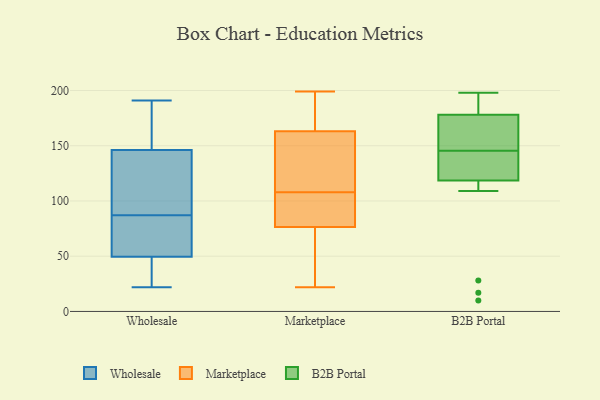
{"axis": {"x": "Backlog", "y": "Value"}, "legend": ["B2B Portal", "Marketplace", "Wholesale"], "data": [{"x": "", "y": 22, "type": "Wholesale"}, {"x": "", "y": 191, "type": "Wholesale"}, {"x": "", "y": 87, "type": "Wholesale"}, {"x": "", "y": 49, "type": "Wholesale"}, {"x": "", "y": 190, "type": "Wholesale"}, {"x": "", "y": 181, "type": "Wholesale"}, {"x": "", "y": 147, "type": "Wholesale"}, {"x": "", "y": 79, "type": "Wholesale"}, {"x": "", "y": 186, "type": "Wholesale"}, {"x": "", "y": 41, "type": "Wholesale"}, {"x": "", "y": 51, "type": "Wholesale"}, {"x": "", "y": 42, "type": "Wholesale"}, {"x": "", "y": 105, "type": "Wholesale"}, {"x": "", "y": 71, "type": "Wholesale"}, {"x": "", "y": 118, "type": "Wholesale"}, {"x": "", "y": 80, "type": "Wholesale"}, {"x": "", "y": 140, "type": "Wholesale"}, {"x": "", "y": 144, "type": "Wholesale"}, {"x": "", "y": 44, "type": "Wholesale"}, {"x": "", "y": 199, "type": "Marketplace"}, {"x": "", "y": 168, "type": "Marketplace"}, {"x": "", "y": 108, "type": "Marketplace"}, {"x": "", "y": 148, "type": "Marketplace"}, {"x": "", "y": 39, "type": "Marketplace"}, {"x": "", "y": 87, "type": "Marketplace"}, {"x": "", "y": 91, "type": "Marketplace"}, {"x": "", "y": 194, "type": "Marketplace"}, {"x": "", "y": 73, "type": "Marketplace"}, {"x": "", "y": 122, "type": "Marketplace"}, {"x": "", "y": 22, "type": "Marketplace"}, {"x": "", "y": 113, "type": "B2B Portal"}, {"x": "", "y": 28, "type": "B2B Portal"}, {"x": "", "y": 17, "type": "B2B Portal"}, {"x": "", "y": 144, "type": "B2B Portal"}, {"x": "", "y": 179, "type": "B2B Portal"}, {"x": "", "y": 198, "type": "B2B Portal"}, {"x": "", "y": 188, "type": "B2B Portal"}, {"x": "", "y": 173, "type": "B2B Portal"}, {"x": "", "y": 173, "type": "B2B Portal"}, {"x": "", "y": 177, "type": "B2B Portal"}, {"x": "", "y": 138, "type": "B2B Portal"}, {"x": "", "y": 146, "type": "B2B Portal"}, {"x": "", "y": 124, "type": "B2B Portal"}, {"x": "", "y": 109, "type": "B2B Portal"}, {"x": "", "y": 140, "type": "B2B Portal"}, {"x": "", "y": 10, "type": "B2B Portal"}, {"x": "", "y": 175, "type": "B2B Portal"}, {"x": "", "y": 180, "type": "B2B Portal"}, {"x": "", "y": 197, "type": "B2B Portal"}, {"x": "", "y": 145, "type": "B2B Portal"}]}